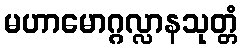
မဟာမောဂ္ဂလ္လာနသုတ္တံ